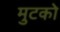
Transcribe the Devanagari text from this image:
मुटको